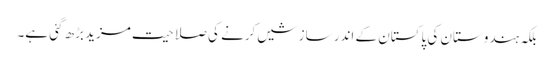
بلکہ ہندوستان کی پاکستان کے اندر سازشیں کرنے کی صلاحیت مزید بڑھ گئی ہے۔